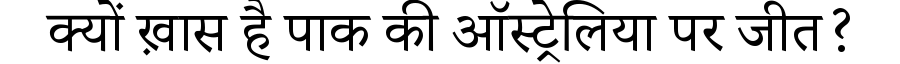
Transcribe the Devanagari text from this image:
क्यों ख़ास है पाक की ऑस्ट्रेलिया पर जीत?